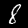
Label: 8